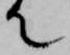
て